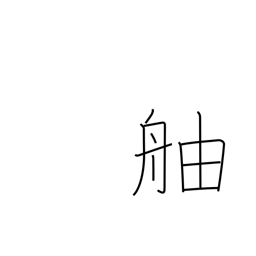
Meaning: prow